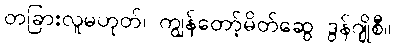
တခြားလူမဟုတ်၊ ကျွန်တော့်မိတ်ဆွေ ဒွန်ဂျိုစီ။